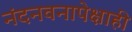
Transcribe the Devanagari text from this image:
नंदनवनापेक्षाही